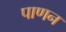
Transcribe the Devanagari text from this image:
पाणन